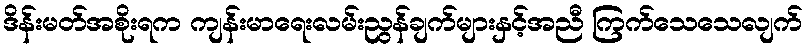
ဒိန်းမတ်အစိုးရက ကျန်းမာရေးလမ်းညွန်ချက်များနှင့်အညီ ကြက်သေသေလျက်